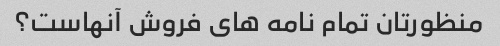
منظورتان تمام نامه های فروش آنهاست؟